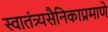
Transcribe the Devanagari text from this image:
स्वातंत्र्यसैनिकाप्रमाणे